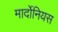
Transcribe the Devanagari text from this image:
मार्दोनियस